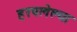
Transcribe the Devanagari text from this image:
हरपलेल्या